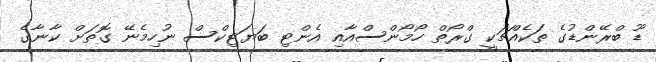
ޑޫ ބްރޭންޑުގެ ތަކެއްޗަކީ ގްރޯތް ހޯމޯންސްއާއި އެންޓި ބަޔަޓިކްސް ނުހިމެނޭ ގޮތަށް ކާނާގެ